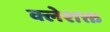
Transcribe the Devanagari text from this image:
क्लेशक्त